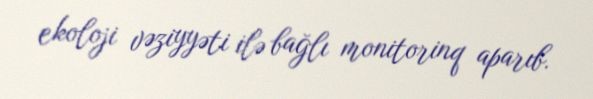
ekoloji vəziyyəti ilə bağlı monitorinq aparıb.